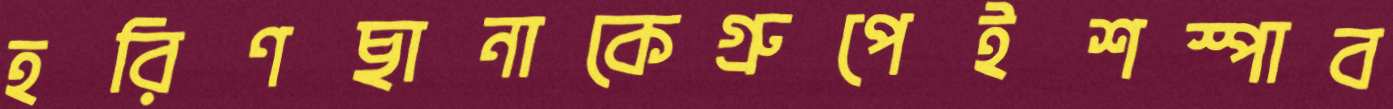
হরিণছানাকেগ্রুপেইশস্পাব